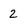
Character: 2